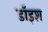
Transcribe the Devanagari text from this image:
डॉइश